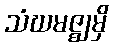
သံဃမဇ္ဈမှိ